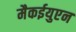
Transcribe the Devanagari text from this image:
मैकईयुएन